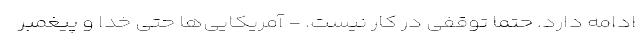
ادامه دارد. حتما توقفی در کار نیست. - آمریکایی‌ها حتی خدا و پیغمبر